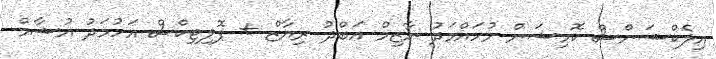
އިލެކްޝަންސް ކޮމިޝަން މުހައްމަދު ނާޒިމް އަބްދު ރިޔާޒް + ޕޮލިޓިކްސް އަހުމަދު އުޝާމް